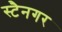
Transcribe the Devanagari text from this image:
स्टैनगर